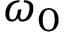
\omega _ { 0 }